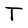
Character: T